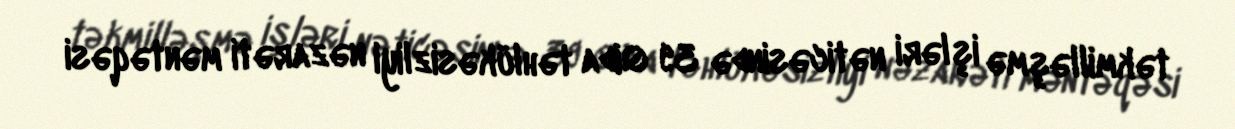
təkmilləşmə işləri nəticəsində 39 Qida təhlükəsizliyi nəzarəti məntəqəsi